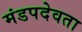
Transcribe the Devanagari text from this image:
मंडपदेवता